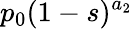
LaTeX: p_{0}(1-s)^{a_{2}}